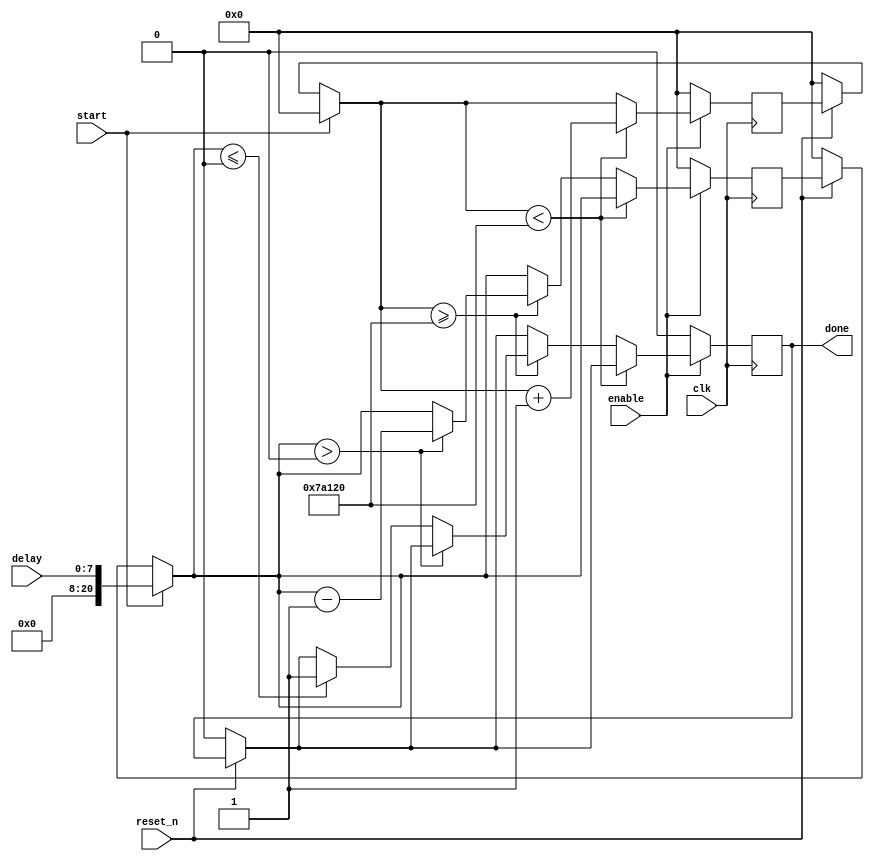
module delay_counter (input clk, reset_n, start, enable, input [7:0] delay, output done);
parameter BASIC_PERIOD=20'd500000;   // can change this value to make delay longer
parameter CLOCK_SPEED=32'd50000000;
parameter COUNTER1 = 20'd500000;	//1/100th of a second divided by clockperiod

reg [7:0] internal_delay;
reg[20:0] counter1;
reg counter1_done;
reg[20:0] counter2;
reg loaded;
reg done_reg;

always @(posedge clk)
begin
	if (reset_n == 1'b0)
	begin
		counter1 = 21'b0;
		counter2 = 21'b0;
		loaded = 1'b0;
		done_reg = 1'b0;
	end
	
	if(start == 1'b1)
	begin
		internal_delay = delay;
		counter1 = 21'd0;
		counter2 = internal_delay;
	end
	
	if (enable == 1'b1)
	begin
		if (counter1 < COUNTER1)
		begin
			counter1 = counter1 + 21'd1;
		end
		else if (counter1 >= COUNTER1)
		begin
			if (counter2 > 0)
			begin
				counter2 = counter2 - 21'd1;
			end
			else if (counter2 <= 0)
			begin
				done_reg = 1'b1;
			end
		end
	end
	else if (enable == 1'b0)
	begin
		done_reg = 1'b0;
		counter1 = 21'd0;
		counter2 = 21'd0;
	end
end

assign done = done_reg;

endmodule